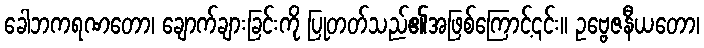
ခေါဘကရဏတော၊ ချောက်ချားခြင်းကို ပြုတတ်သည်၏အဖြစ်ကြောင့်၎င်း။ ဥဗ္ဗေဇနီယတော၊